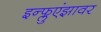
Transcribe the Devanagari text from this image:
इन्फ्लुएंझावर